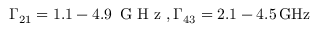
\Gamma _ { 2 1 } = 1 . 1 - 4 . 9 \, \textrm { G H z } , \Gamma _ { 4 3 } = 2 . 1 - 4 . 5 \mathrm { \, G H z }